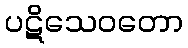
ပဋိသေဝတော